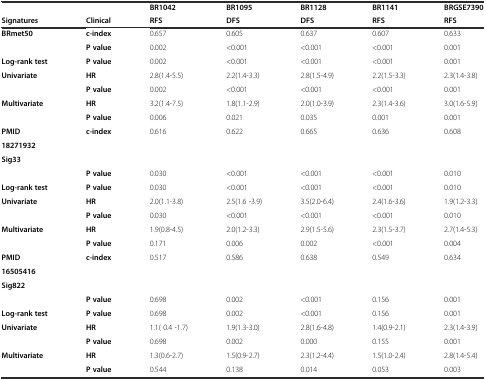
<table><thead><tr><td></td><td></td><td><b>BR1042</b></td><td><b>BR1095</b></td><td><b>BR1128</b></td><td><b>BR1141</b></td><td><b>BRGSE7390</b></td></tr><tr><td><b>Signatures</b></td><td><b>Clinical</b></td><td><b>RFS</b></td><td><b>DFS</b></td><td><b>DFS</b></td><td><b>RFS</b></td><td><b>RFS</b></td></tr></thead><tbody><tr><td><b>BRmet50</b></td><td><b>c-index</b></td><td>0.657</td><td>0.605</td><td>0.637</td><td>0.607</td><td>0.633</td></tr><tr><td></td><td><b>P value</b></td><td>0.002</td><td>&lt;0.001</td><td>&lt;0.001</td><td>&lt;0.001</td><td>0.001</td></tr><tr><td><b>Log-rank test</b></td><td><b>P value</b></td><td>0.002</td><td>&lt;0.001</td><td>&lt;0.001</td><td>&lt;0.001</td><td>0.001</td></tr><tr><td><b>Univariate</b></td><td><b>HR</b></td><td>2.8(1.4-5.5)</td><td>2.2(1.4-3.3)</td><td>2.8(1.5-4.9)</td><td>2.2(1.5-3.3)</td><td>2.3(1.4-3.8)</td></tr><tr><td></td><td><b>P value</b></td><td>0.002</td><td>&lt;0.001</td><td>&lt;0.001</td><td>&lt;0.001</td><td>0.001</td></tr><tr><td><b>Multivariate</b></td><td><b>HR</b></td><td>3.2(1.4-7.5)</td><td>1.8(1.1-2.9)</td><td>2.0(1.0-3.9)</td><td>2.3(1.4-3.6)</td><td>3.0(1.6-5.9)</td></tr><tr><td></td><td><b>P value</b></td><td>0.006</td><td>0.021</td><td>0.035</td><td>0.001</td><td>0.001</td></tr><tr><td><b>PMID</b></td><td rowspan="3"><b>c-index</b></td><td rowspan="3">0.616</td><td rowspan="3">0.622</td><td rowspan="3">0.665</td><td rowspan="3">0.636</td><td rowspan="3">0.608</td></tr><tr><td><b>18271932</b></td></tr><tr><td><b>Sig33</b></td></tr><tr><td></td><td><b>P value</b></td><td>0.030</td><td>&lt;0.001</td><td>&lt;0.001</td><td>&lt;0.001</td><td>0.010</td></tr><tr><td><b>Log-rank test</b></td><td><b>P value</b></td><td>0.030</td><td>&lt;0.001</td><td>&lt;0.001</td><td>&lt;0.001</td><td>0.010</td></tr><tr><td><b>Univariate</b></td><td><b>HR</b></td><td>2.0(1.1-3.8)</td><td>2.5(1.6 -3.9)</td><td>3.5(2.0-6.4)</td><td>2.4(1.6-3.6)</td><td>1.9(1.2-3.3)</td></tr><tr><td></td><td><b>P value</b></td><td>0.030</td><td>&lt;0.001</td><td>&lt;0.001</td><td>&lt;0.001</td><td>0.010</td></tr><tr><td><b>Multivariate</b></td><td><b>HR</b></td><td>1.9(0.8-4.5)</td><td>2.0(1.2-3.3)</td><td>2.9(1.5-5.6)</td><td>2.3(1.5-3.7)</td><td>2.7(1.4-5.3)</td></tr><tr><td></td><td><b>P value</b></td><td>0.171</td><td>0.006</td><td>0.002</td><td>&lt;0.001</td><td>0.004</td></tr><tr><td><b>PMID</b></td><td rowspan="3"><b>c-index</b></td><td rowspan="3">0.517</td><td rowspan="3">0.586</td><td rowspan="3">0.638</td><td rowspan="3">0.549</td><td rowspan="3">0.634</td></tr><tr><td><b>16505416</b></td></tr><tr><td><b>Sig822</b></td></tr><tr><td></td><td><b>P value</b></td><td>0.698</td><td>0.002</td><td>&lt;0.001</td><td>0.156</td><td>0.001</td></tr><tr><td><b>Log-rank test</b></td><td><b>P value</b></td><td>0.698</td><td>0.002</td><td>&lt;0.001</td><td>0.156</td><td>0.001</td></tr><tr><td><b>Univariate</b></td><td><b>HR</b></td><td>1.1( 0.4 -1.7)</td><td>1.9(1.3-3.0)</td><td>2.8(1.6-4.8)</td><td>1.4(0.9-2.1)</td><td>2.3(1.4-3.9)</td></tr><tr><td></td><td><b>P value</b></td><td>0.698</td><td>0.002</td><td>0.000</td><td>0.155</td><td>0.001</td></tr><tr><td><b>Multivariate</b></td><td><b>HR</b></td><td>1.3(0.6-2.7)</td><td>1.5(0.9-2.7)</td><td>2.3(1.2-4.4)</td><td>1.5(1.0-2.4)</td><td>2.8(1.4-5.4)</td></tr><tr><td></td><td><b>P value</b></td><td>0.544</td><td>0.138</td><td>0.014</td><td>0.053</td><td>0.003</td></tr></tbody></table>